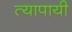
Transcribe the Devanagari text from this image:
त्यापायी